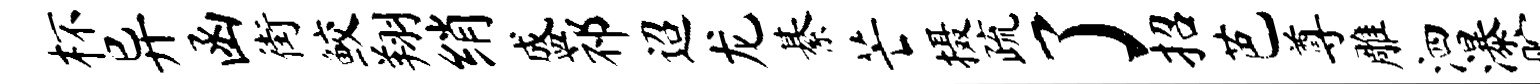
杯异函街鲛翔绡盛祁迢龙綦芒摄疏了招芭尊雕泗瀑贮